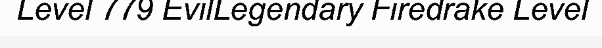
Level 779 EvilLegendary Firedrake Level